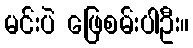
မင်းပဲ ဖြေစမ်းပါဦး။